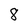
Character: 8